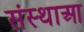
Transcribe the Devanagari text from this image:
संस्थाआ